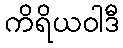
ကိရိယဝါဒီ